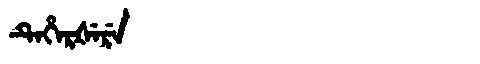
Manchu: ᡨᡝᡥᡝᡵᡧᡝᡵᡝ
Romanization: TEHERŠERE